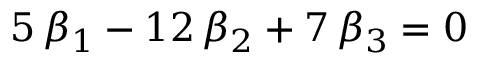
5 \, \beta _ { 1 } - 1 2 \, \beta _ { 2 } + 7 \, \beta _ { 3 } = 0